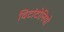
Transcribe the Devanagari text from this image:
विटांटोनियो